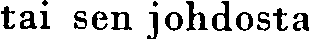
tai sen johdosta